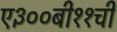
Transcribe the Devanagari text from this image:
ए३००बी११ची